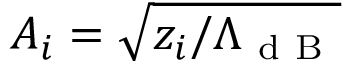
A _ { i } = \sqrt { { z _ { i } } / { \Lambda _ { \mathrm { ~ d ~ B ~ } } } }